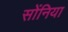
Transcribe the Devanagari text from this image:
सोंनिया